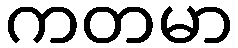
ကတမာ